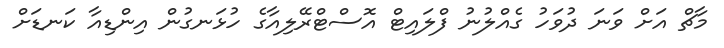
މާޗް އަށް ވަނަ ދުވަހު ގެއްލުނު ފްލައިޓް އޮސްޓްރޭލިއާގެ ހުޅަނގުން އިންޑިއާ ކަނޑަށް